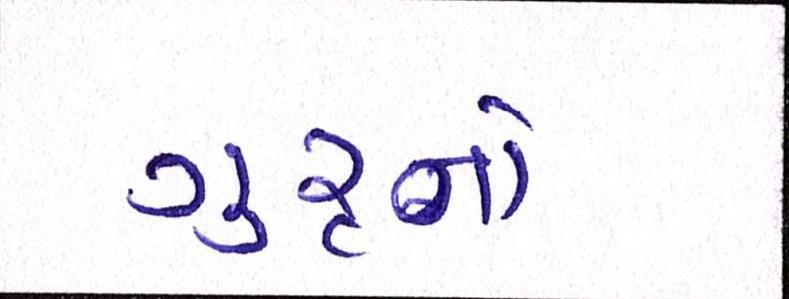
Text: ગુરૃનો